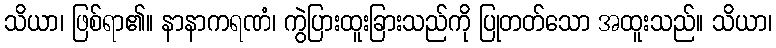
သိယာ၊ ဖြစ်ရာ၏။ နာနာကရဏံ၊ ကွဲပြားထူးခြားသည်ကို ပြုတတ်သော အထူးသည်။ သိယာ၊